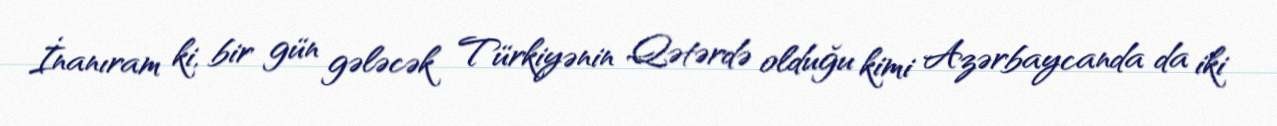
İnanıram ki, bir gün gələcək Türkiyənin Qətərdə olduğu kimi Azərbaycanda da iki